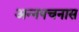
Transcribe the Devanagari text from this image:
अन्नपचनास